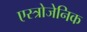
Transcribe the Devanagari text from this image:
एस्त्रोजेनिक